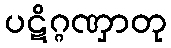
ပဋိဂ္ဂဏှာတု